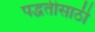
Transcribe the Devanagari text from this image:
पद्धतीसाठी